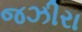
જઝીરા